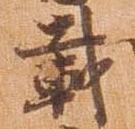
載